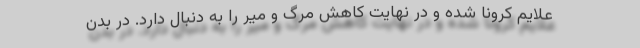
علایم کرونا شده و در نهایت کاهش مرگ و میر را به دنبال دارد. در بدن